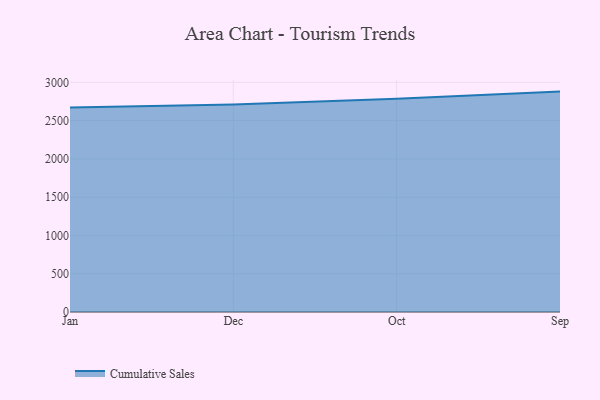
{"axis": {"x": "Month", "y": "Bounce Rate (%)"}, "legend": ["Cumulative Sales"], "data": [{"x": "Jan", "y": 2672.8, "type": "Cumulative Sales"}, {"x": "Dec", "y": 2710.3, "type": "Cumulative Sales"}, {"x": "Oct", "y": 2784.3, "type": "Cumulative Sales"}, {"x": "Sep", "y": 2879.1, "type": "Cumulative Sales"}]}